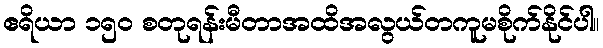
ဧရိယာ ၁၅၀ စတုရန်းမီတာအထိအလွယ်တကူမစိုက်နိုင်ပါ။